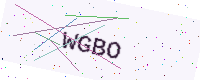
Text: WGBO